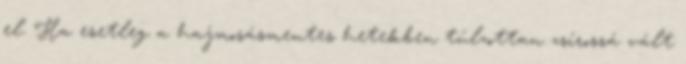
el. Ha esetleg a hajmosásmentes hetekben túlzottan zsírossá vált